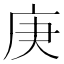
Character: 庚